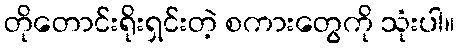
တိုတောင်းရိုးရှင်းတဲ့ စကားတွေကို သုံးပါ။